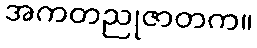
အကတညုဇာတက။